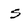
Character: s